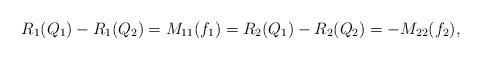
LaTeX: \begin{align*}R_1(Q_1)-R_1(Q_2)=M_{11}(f_1)=R_2(Q_1)-R_2(Q_2)=-M_{22}(f_2),\end{align*}